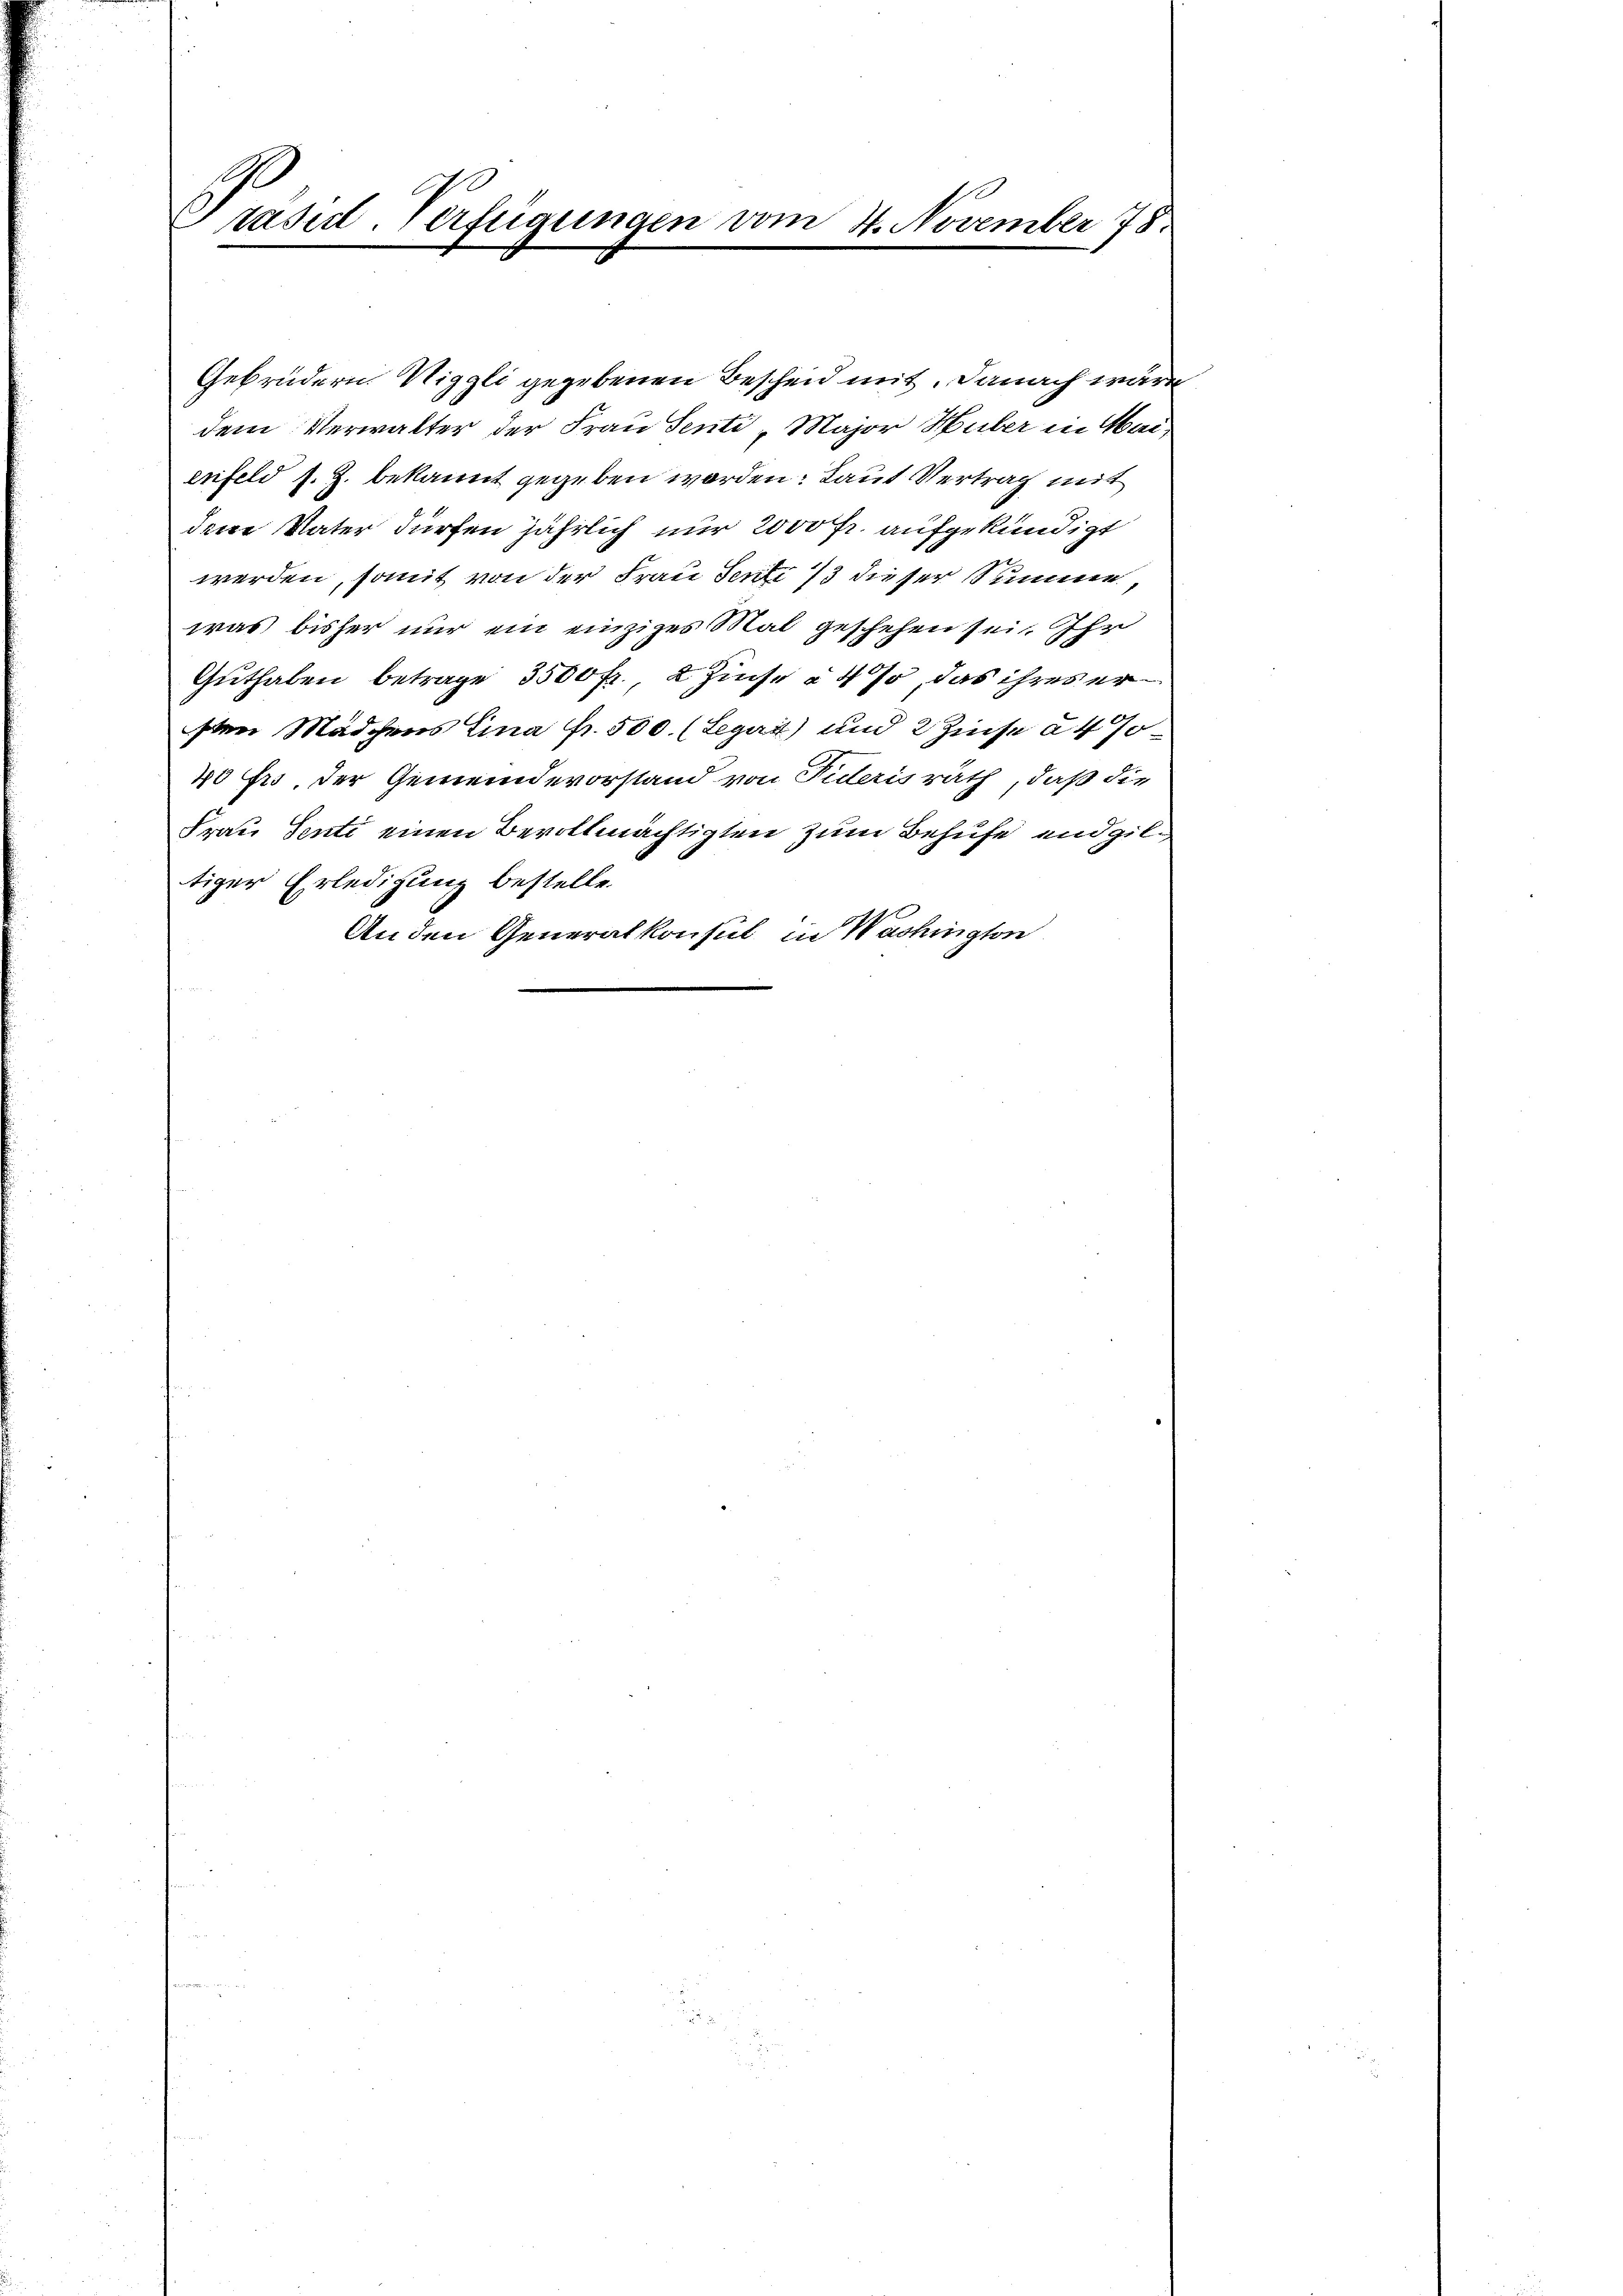
Präsid-Verfügungen vom 4. November 78

Gebrüdern Niggli gegebenen Bescheid mit. Danach wäre
dem Verwalter der Frau Senti „Major Huber in Mai
enfeld s. Z. bekannt gegeben worden: Laut Vertrag mit
dene Vater dürfen jährlich nur 2000 Fr. aufgekündigt
werden, somit von der Frau Senti 73 dieser Summe,
was bisher nur ein einziges Mal geschehen sei. Ihr
Guthaben betrage 3500 fr., & Zinse à 4%, das ihres ersten Mädchens Lina Fr. 500. (Legat) und 2 Zinse à 4. Jo¬
40 frs. der Gemeindevorstand von Pideris rath, daß die
Frau Senti einen Bevollmächtigten zum Behufe und giltiger Erledigung bestelle.
An den Generalkonsul in Washington